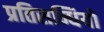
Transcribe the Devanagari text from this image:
प्रतिसन्धियों